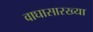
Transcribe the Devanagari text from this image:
वाघासारख्या